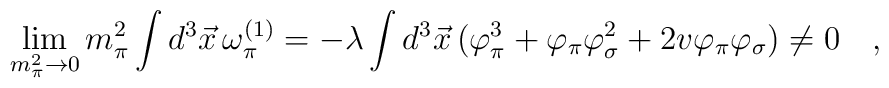
\lim_{m_{\pi}^2\rightarrow 0} m_{\pi}^2\int d^3 \vec{x}\,\omega_{\pi}^{(1)}=-\lambda\int d^3 \vec{x}\, (\varphi_{\pi}^3+\varphi_{\pi}\varphi_{\sigma}^2+2v\varphi_{\pi}\varphi_{\sigma})\ne 0\quad,